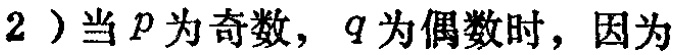
2）当\(p\)为奇数，\(q\)为偶数时，因为